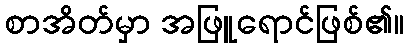
စာအိတ်မှာ အဖြူရောင်ဖြစ်၏။